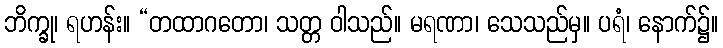
ဘိက္ခု၊ ရဟန်း။ “တထာဂတော၊ သတ္တ ဝါသည်။ မရဏာ၊ သေသည်မှ။ ပရံ၊ နောက်၌။